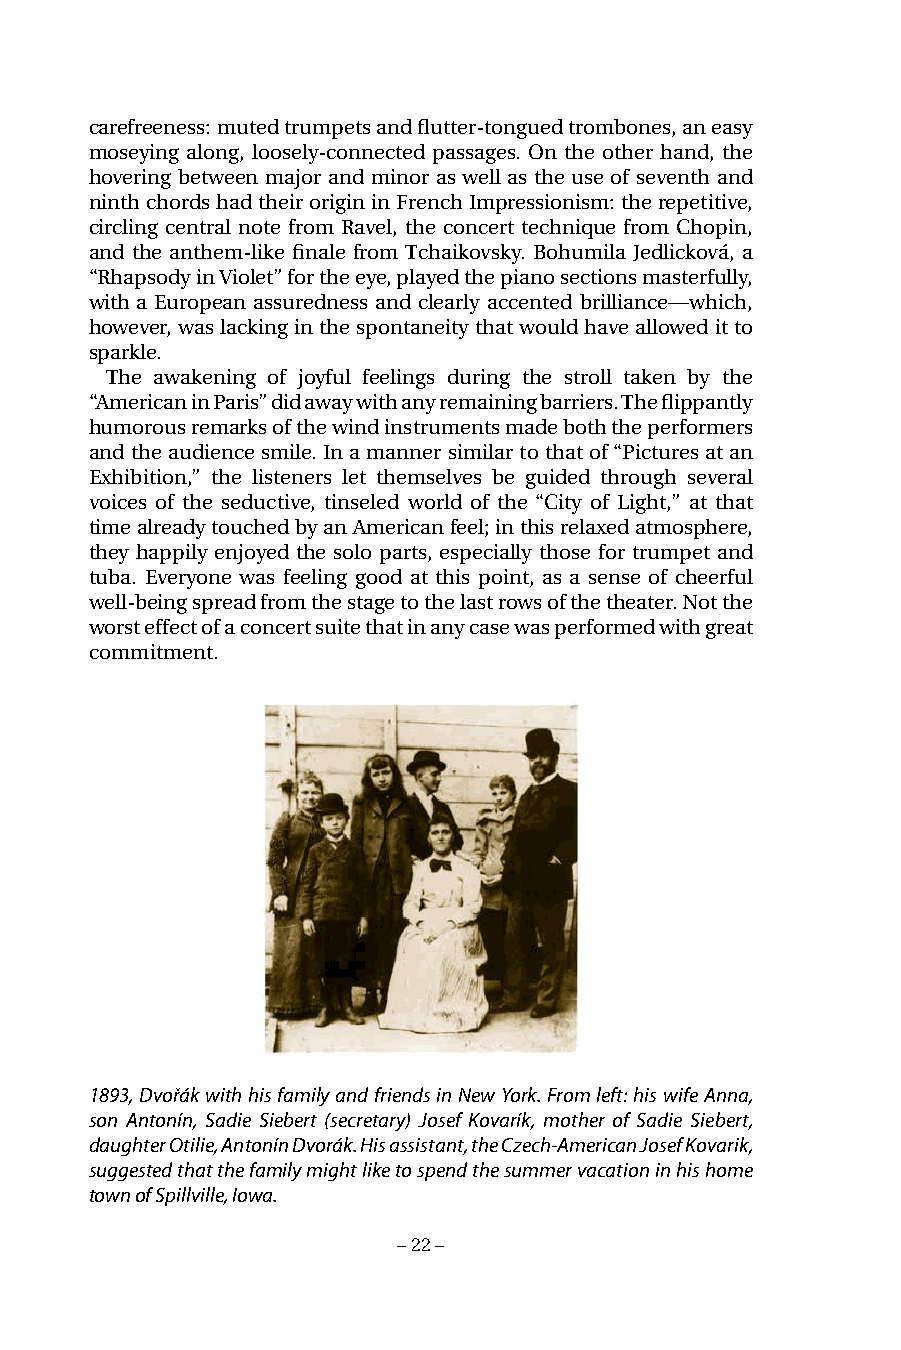
carefreeness: muted trumpets and flutter-tongued trombones, an easy
 moseying along, loosely-connected passages. On the other hand, the
 hovering between major and minor as well as the use of seventh and
 ninth chords had their origin in French Impressionism: the repetitive,
 circling central note from Ravel, the concert technique from Chopin,
 and the anthem-like finale from Tchaikovsky. Bohumila Jedlicková, a
 “Rhapsody in Violet” for the eye, played the piano sections masterfully,
 with a European assuredness and clearly accented brilliance—which,
 however, was lacking in the spontaneity that would have allowed it to
 sparkle.
 The awakening of joyful feelings during the stroll taken by the
 “American in Paris” did away with any remaining barriers. The flippantly
 humorous remarks of the wind instruments made both the performers
 and the audience smile. In a manner similar to that of “Pictures at an
 Exhibition,” the listeners let themselves be guided through several
 voices of the seductive, tinseled world of the “City of Light,” at that
 time already touched by an American feel; in this relaxed atmosphere,
 they happily enjoyed the solo parts, especially those for trumpet and
 tuba. Everyone was feeling good at this point, as a sense of cheerful
 well-being spread from the stage to the last rows of the theater. Not the
 worst effect of a concert suite that in any case was performed with great
 commitment.
 1893, Dvořák with his family and friends in New York. From left: his wife Anna,
 son Antonín, Sadie Siebert (secretary) Josef Kovarík, mother of Sadie Siebert,
 daughter Otilie, Antonín Dvorák. His assistant, the Czech-American Josef Kovarik,
 suggested that the family might like to spend the summer vacation in his home
 town of Spillville, Iowa.
 – 22 –